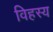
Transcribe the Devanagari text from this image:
विहस्य